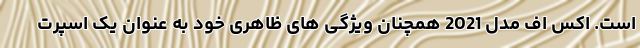
است. اکس اف مدل 2021 همچنان ویژگی های ظاهری خود به عنوان یک اسپرت